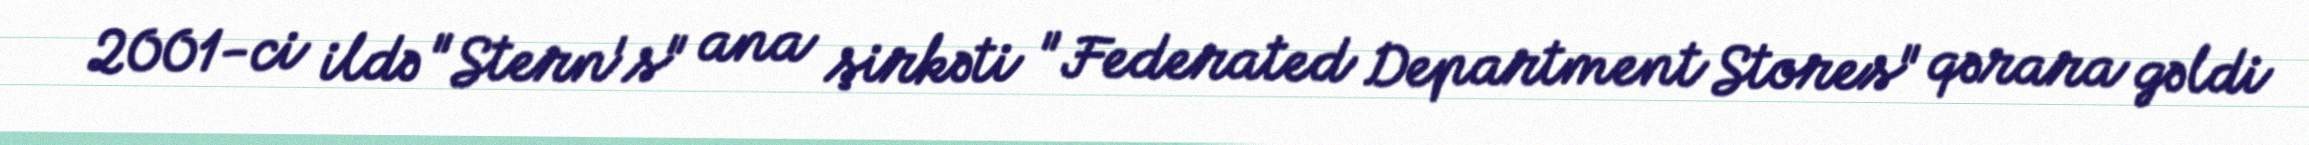
2001-ci ildə "Stern's" ana şirkəti "Federated Department Stores" qərara gəldi